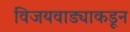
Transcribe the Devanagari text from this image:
विजयवाड्याकडून